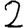
Digit: 2